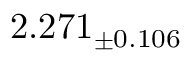
2 . 2 7 1 _ { \pm 0 . 1 0 6 }